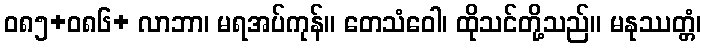
ဝ၈၅+၀၈၆+ လာဘာ၊ မရအပ်ကုန်။ တေသံဝေါ၊ ထိုသင်တို့သည်။ မနုဿတ္တံ၊